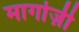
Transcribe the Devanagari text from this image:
मार्गाज़ी